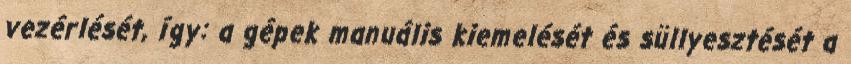
vezérlését, így: a gépek manuális kiemelését és süllyesztését a